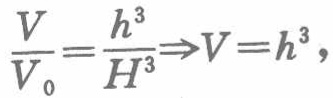
$\frac{V}{V_{0}}=\frac{h^{3}}{H^{3}}\Rightarrow V = h^{3},$